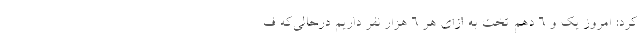
کرد: امروز یک و ۶ دهم تخت به ازای هر ۶ هزار نفر داریم درحالی‌که ف